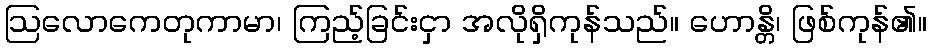
ဩလောကေတုကာမာ၊ ကြည့်ခြင်းငှာ အလိုရှိကုန်သည်။ ဟောန္တိ၊ ဖြစ်ကုန်၏။